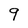
Character: 9